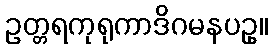
ဥတ္တရကုရုကာဒိဂမနပဥှ။